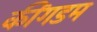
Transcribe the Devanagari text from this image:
कींगडम